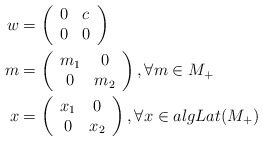
\begin{align*}w & =\left(\begin{array}[c]{cc}0 & c\\0 & 0\end{array}\right) \\m & =\left(\begin{array}[c]{cc}m_{1} & 0\\0 & m_{2}\end{array}\right) ,\forall m\in M_{+}\\x & =\left(\begin{array}[c]{cc}x_{1} & 0\\0 & x_{2}\end{array}\right) ,\forall x\in algLat(M_{+})\end{align*}